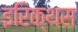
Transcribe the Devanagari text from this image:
इरिक्थस